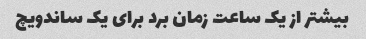
بیشتر از یک ساعت زمان برد برای یک ساندویچ